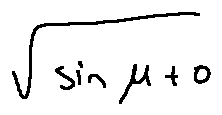
\sqrt { \sin \mu + o }